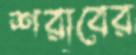
শরাবের